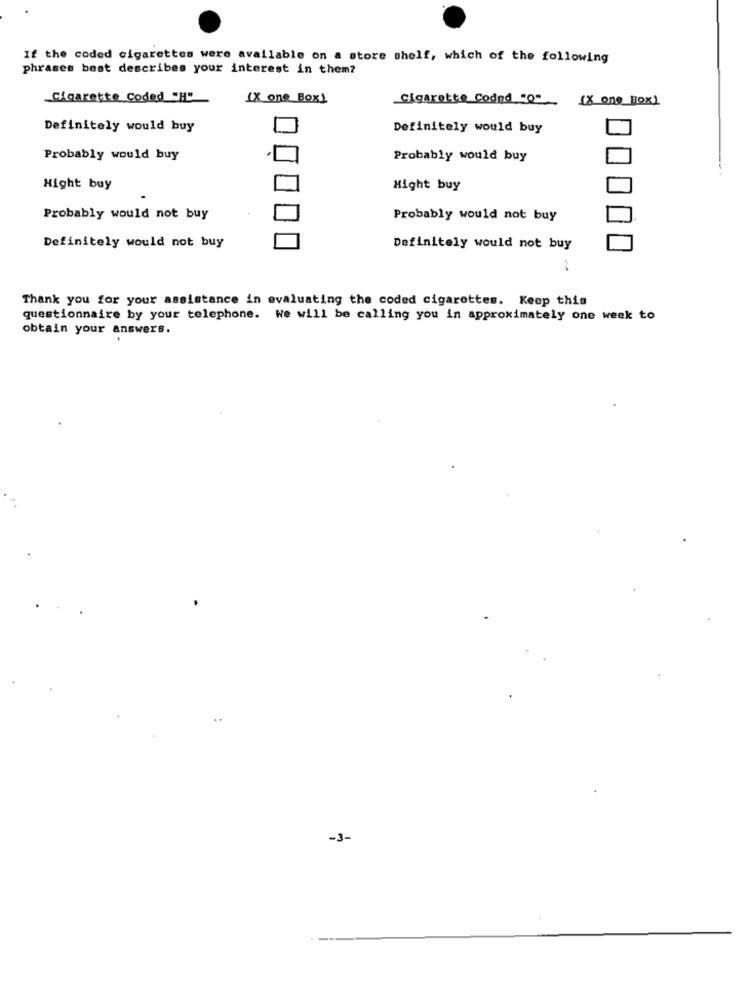
If the coded cigarettes were available on a store shelf, which of the following
phrases best describes your interest in them?
Cigarette Coded "H"
LX one Box]
Cigarette Coded "o"
[X one Box)
Definitely would buy
Definitely would buy
Probably would buy
Probably would buy
Hight buy
Might buy
Probably would not buy
Probably would not buy
Definitely would not buy
Definitely would not buy
Thank you for your assistance in evaluating the coded cigarettes. Keep this
questionnaire by your telephone. We will be calling you in approximately one week to
obtain your answers.
-3-